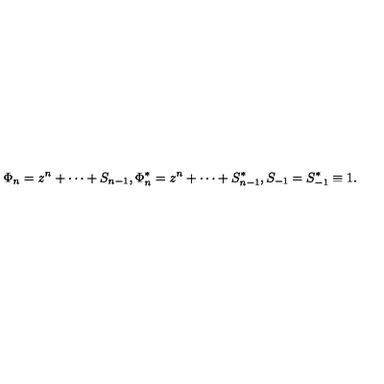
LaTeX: \Phi _ { n } = z ^ { n } + \cdots + S _ { n - 1 } , \Phi _ { n } ^ { * } = z ^ { n } + \cdots + S _ { n - 1 } ^ { * } , S _ { - 1 } = S _ { - 1 } ^ { * } \equiv 1 .